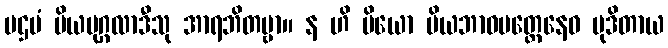
ပဌမံ ပိယပုဂ္ဂလာဒီသု အာရဘိတဗ္ဗာ။ န ဟိ ပိယော ပိယဘာဝမတ္တေနေဝ မုဒိတာယ